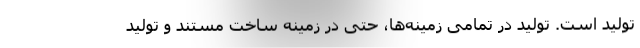
تولید است. تولید در تمامی زمینه‌ها، حتی در زمینه ساخت مستند و تولید